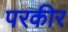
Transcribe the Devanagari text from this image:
परकीर